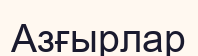
Азғырлар